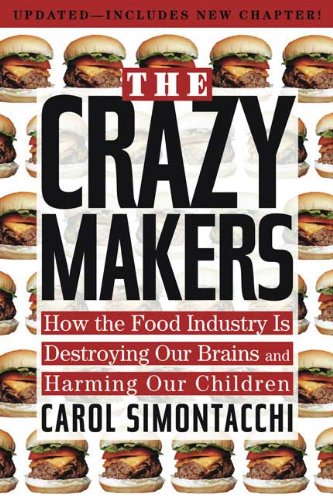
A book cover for The Crazy Makers: How the Food Industry Is Destroying Our Brains and Harming Our Children; Carol Simontacchi; Health, Fitness & Dieting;